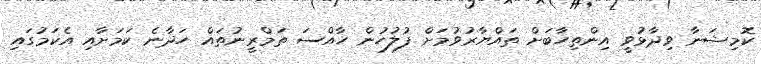
ކޮމިޝަނާ ވިދާޅުވީ އިންތިހާބަށް ތައްޔާރުވުމަށް ފުލުހުން ހާއްސަ ތަމްރީނުތައް ހަދާނެ ކަމަށާއި އެކަމުގައި